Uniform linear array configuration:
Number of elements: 48
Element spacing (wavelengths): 1
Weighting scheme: exponential
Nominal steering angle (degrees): -45
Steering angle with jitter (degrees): -46.183
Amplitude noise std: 0.05
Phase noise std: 0.05

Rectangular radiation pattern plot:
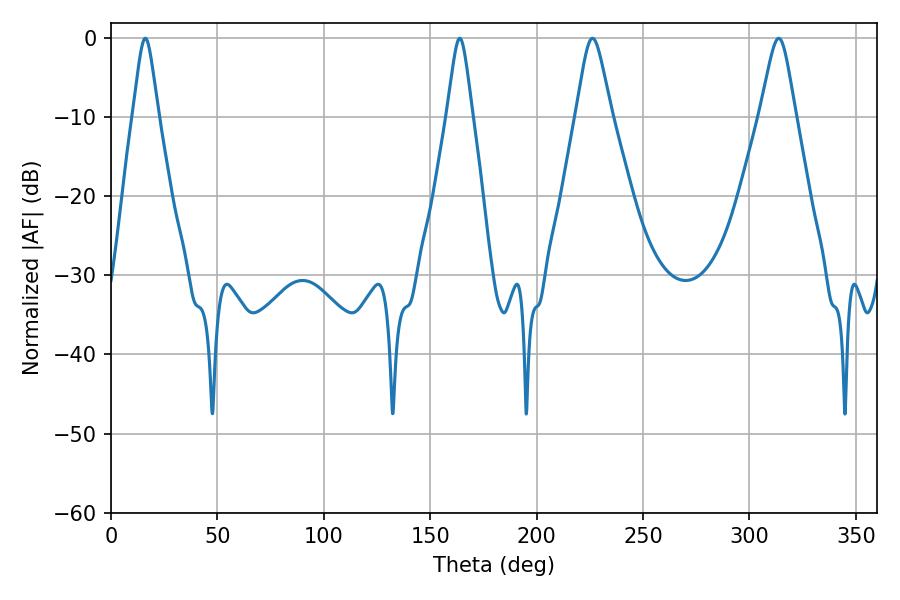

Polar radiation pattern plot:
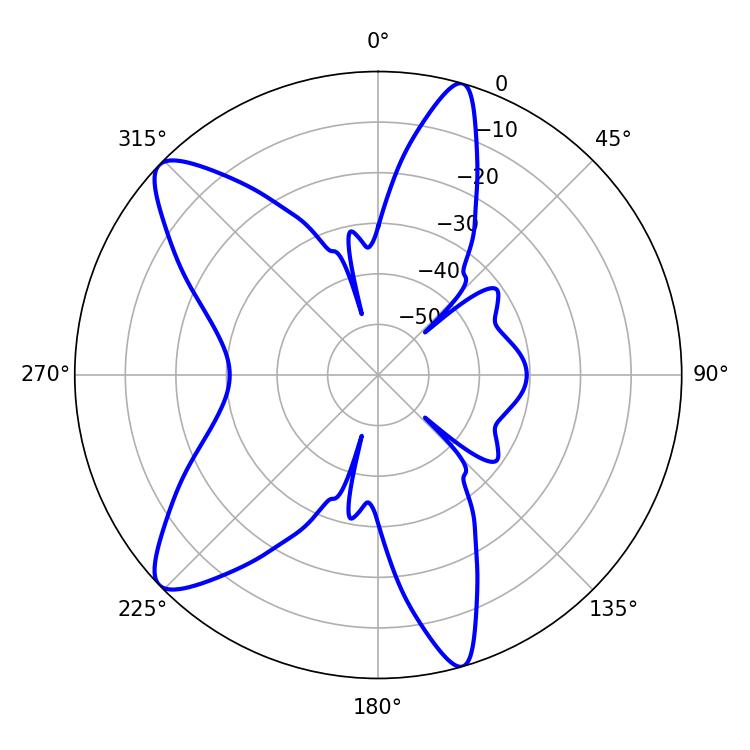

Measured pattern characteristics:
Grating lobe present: TRUE
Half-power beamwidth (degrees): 8.1
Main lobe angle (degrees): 226.26